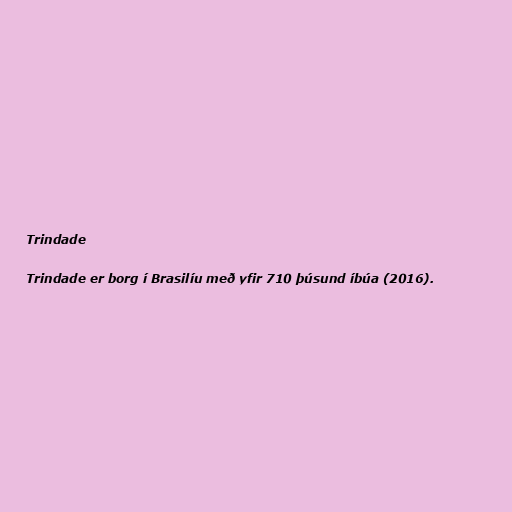
Trindade

Trindade er borg í Brasilíu með yfir 710 þúsund íbúa (2016).